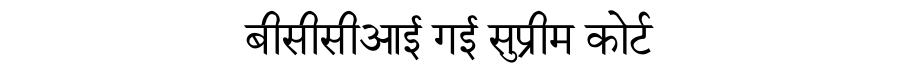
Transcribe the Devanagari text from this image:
बीसीसीआई गई सुप्रीम कोर्ट